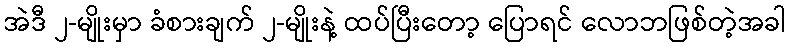
အဲဒီ ၂-မျိုးမှာ ခံစားချက် ၂-မျိုးနဲ့ ထပ်ပြီးတော့ ပြောရင် လောဘဖြစ်တဲ့အခါ